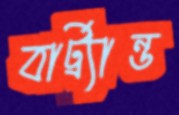
বার্ট্র্যান্ড